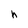
Character: h